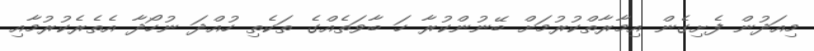
މިއަދުން ފެށިގެން އިމާރާތްކުރުމަށް ބޭނުންކުރާ ހަ ބާވަތެއްގެ ތަކެތި ހުއްދަ ނުހޯދާ އެތެރެކުރުމާއި